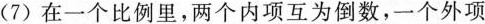
(7)在一个比例里，两个内项互为倒数，一个外项